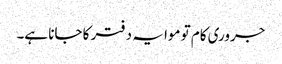
جروری کام تو موا یہ دفتر کا جانا ہے۔